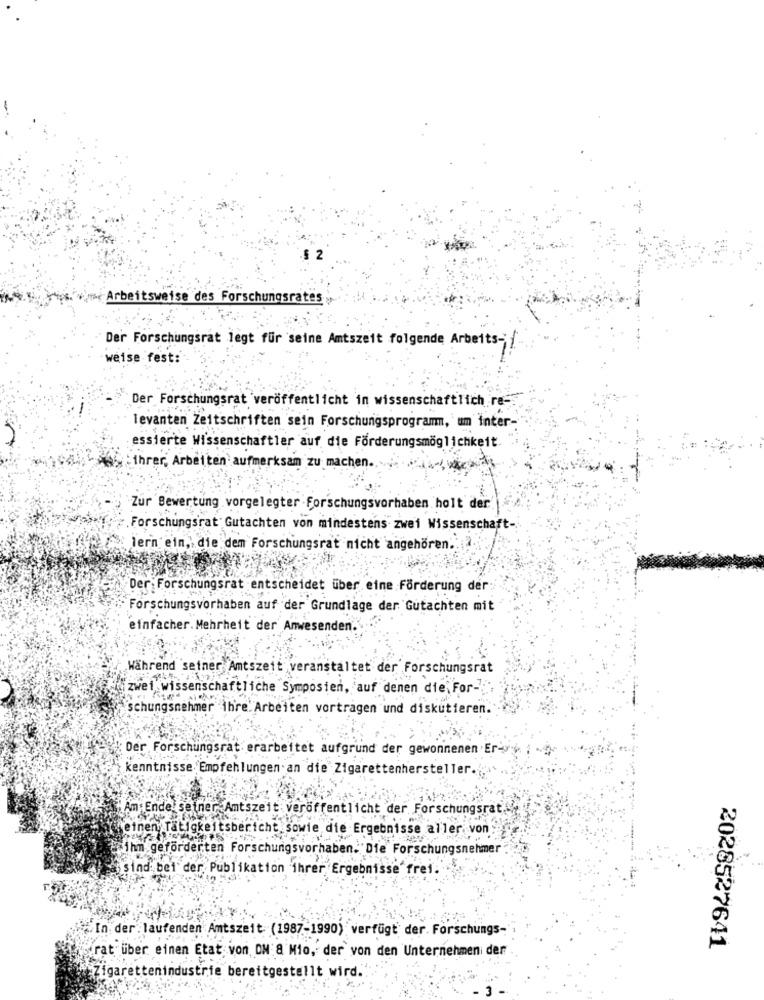
2
Arbeitsweise des Forschungsrates
Der Forschungsrat legt für seine Amtszeit folgende Arbeits- f
weise fest:
Der Forschungsrat veröffentlicht in wissenschaftlich re-
levanten Zeitschriften sein Forschungsprogramm, um inter-
essierte Wissenschaftler auf die Förderungsmöglichkeit.
"ihrer, Arbeiten aufmerksam zu machen ..
Zur Bewertung vorgelegter Forschungsvorhaben holt der
Forschungsrat Gutachten von mindestens zwei Wissenschaft-
lern ein, die dem Forschungsrat nicht angehören ...
Der Forschungsrat entscheidet über eine Forderung der:
Forschungsvorhaben auf der Grundlage der Gutachten mit
einfacher. Mehrheit der Anwesenden.
Während seiner Amtszeit veranstaltet der Forschungsrat
zwei wissenschaftliche Symposien, auf denen die, For-
schungsnehmer ihre Arbeiten vortragen und diskutieren.
Der Forschungsrat erarbeitet aufgrund der gewonnenen Er-
kenntnisse Empfehlungen an die Zigarettenhersteller.
Am Ende seiner Amtszeit: veröffentlicht der Forschungsrat.
einen Tätigkeitsbericht. sowie die Ergebnisse aller von
ihm geförderten Forschungsvorhaben. Die Forschungsnehmer
sind bei der Publikation ihrer Ergebnisse frei.
In der laufenden Amtszeit (1987-1990) verfügt der. Forschungs-
2028527641
rat über einen Etat von ON & Mio, der von den Unternehmen der
tellt wird.
Zigarettenindustrie bereitge